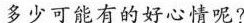
多少可能有的好心情呢？